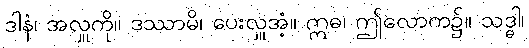
ဒါနံ၊ အလှူကို။ ဒဿာမိ၊ ပေးလှူအံ့။ ဣဓ၊ ဤလောက၌။ သဒ္ဓါ၊